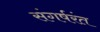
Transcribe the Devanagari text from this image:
संगर्षरंत